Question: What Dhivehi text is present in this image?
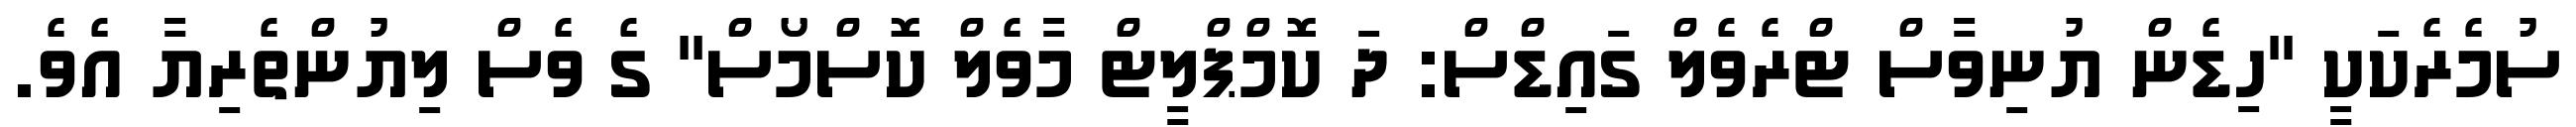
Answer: ސުމެރެކަކީ "ހިޑެން ޔުނިވާސް ޓްރެވެލް ގައިޑްސް: ދަ ކޮމްޕްލީޓް މާވެލް ކޮސްމޯސް" ގެ ވެސް ލިޔުންތެރިޔާ އެވެ.